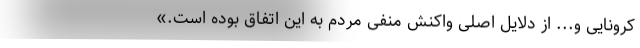
کرونایی و... از دلایل اصلی واکنش منفی مردم به این اتفاق بوده است.»